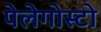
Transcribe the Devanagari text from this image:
पेलेगोस्टो